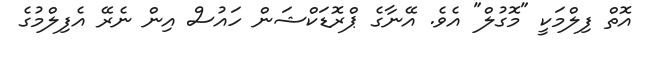
އޮތް ފިލްމަކީ "މޮގުލް" އެވެ. އޭނާގެ ޕްރޮޑަކްޝަން ހައުސް އިން ނެރޭ އެފިލްމުގެ